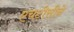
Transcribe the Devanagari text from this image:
एचटीसीने